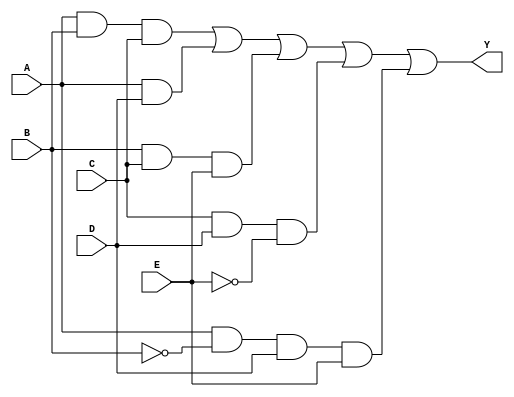
module five_variable_kmap (
    input wire A, // Input variable A
    input wire B, // Input variable B
    input wire C, // Input variable C
    input wire D, // Input variable D
    input wire E, // Input variable E
    output wire Y // Output variable
);

// Logic expression derived from the K-map
// Replace this expression with the actual simplified expression from your K-map
assign Y = (A & B & C) | (A & D) | (B & C & E) | (C & D & ~E) | (A & ~B & D & E);

endmodule